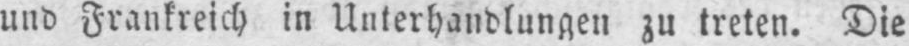
und Frankreich in Unterhandlungen zu treten. Die